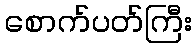
စောက်ပတ်ကြီး